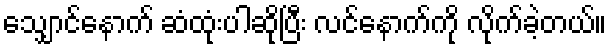
သျှောင်နောက် ဆံထုံးပါဆိုပြီး လင်နောက်ကို လိုက်ခဲ့တယ်။